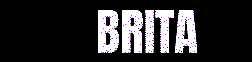
BRITA